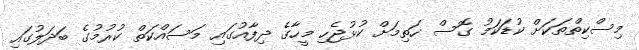
މިސްކިތްތަކަށް ކުޑަކަމު ގޮސް ހަތިމަށް ކުޅުޖެހި މީހާގެ ދިފާއުގައި މަސައްކަތް ކުރުމުގެ ބަދަލުގައި